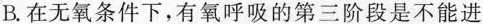
B.在无氧条件下，有氧呼吸的第三阶段是不能进